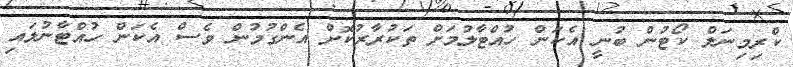
ކްރިމިނަލް ކޯޓުން ބުނީ އެކަން ހުއްޓާލުމަށް ތަކުރާރުކޮށް އެންގުމުން ވެސް އެކަން ހުއްޓާނުލައި